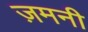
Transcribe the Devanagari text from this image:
ज़मनी